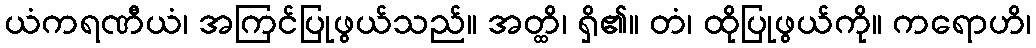
ယံကရဏီယံ၊ အကြင်ပြုဖွယ်သည်။ အတ္ထိ၊ ရှိ၏။ တံ၊ ထိုပြုဖွယ်ကို။ ကရောဟိ၊